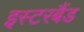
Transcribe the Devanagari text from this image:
इस्टरबैंड